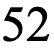
52